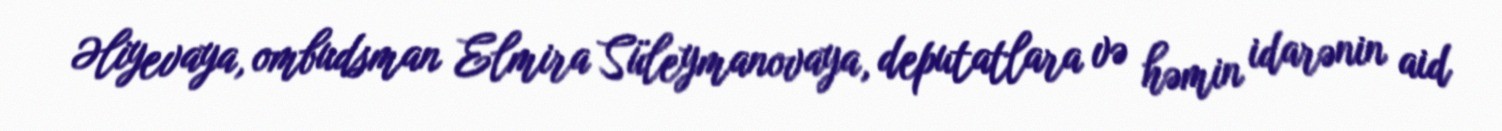
Əliyevaya, ombudsman Elmira Süleymanovaya, deputatlara və həmin idarənin aid